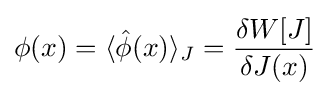
\phi (x)=\langle {\hat {\phi }}(x)\rangle _{J}={\frac {\delta W[J]}{\delta J(x)}}